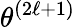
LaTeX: \theta^{(2\ell+1)}